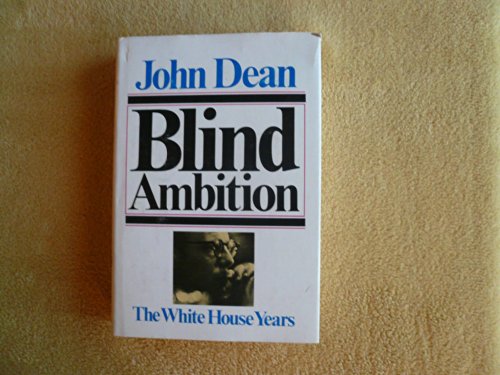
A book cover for Blind Ambition: The White House Years; John Dean; Law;